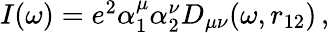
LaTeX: \begin{array}{r}{I(\omega)=e^{2}\alpha_{1}^{\mu}\alpha_{2}^{\nu}D_{\mu\nu}(\omega,r_{12})\, ,}\end{array}